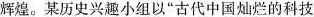
辉煌。某历史兴趣小组以”古代中国灿烂的科技